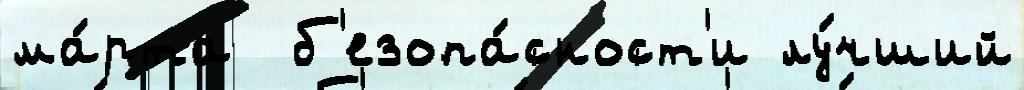
ма́рта  б'езопа́сност'и лу́чший